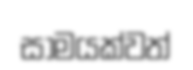
සාමයක්වත්